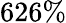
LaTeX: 626\%